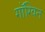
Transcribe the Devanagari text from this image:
गॉग्विन